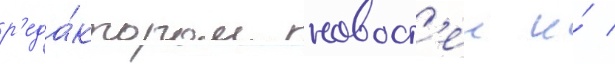
р'еда́ктором новост'еи и́ /